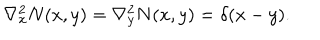
\nabla _ { x } ^ { 2 } N ( x , y ) = \nabla _ { y } ^ { 2 } N ( x , y ) = \delta ( x - y ) .